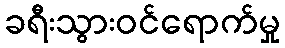
ခရီးသွားဝင်ရောက်မှု